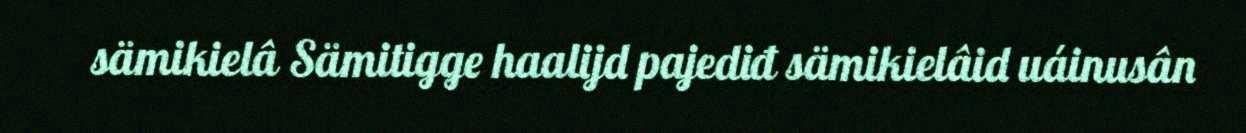
sämikielâ Sämitigge haalijd pajediđ sämikielâid uáinusân